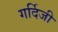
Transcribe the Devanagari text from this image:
गर्दिजी